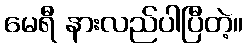
မေရီ နားလည်ပါပြီတဲ့။